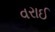
વરાઈ